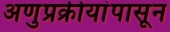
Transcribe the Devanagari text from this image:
अणुप्रक्रीयांपासून